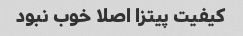
کیفیت پیتزا اصلا خوب نبود